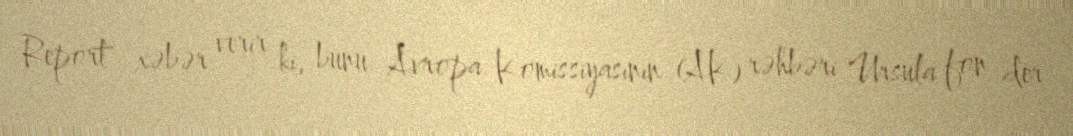
Report" xəbər verir ki, bunu Avropa Komissiyasının (AK) rəhbəri Ursula fon der